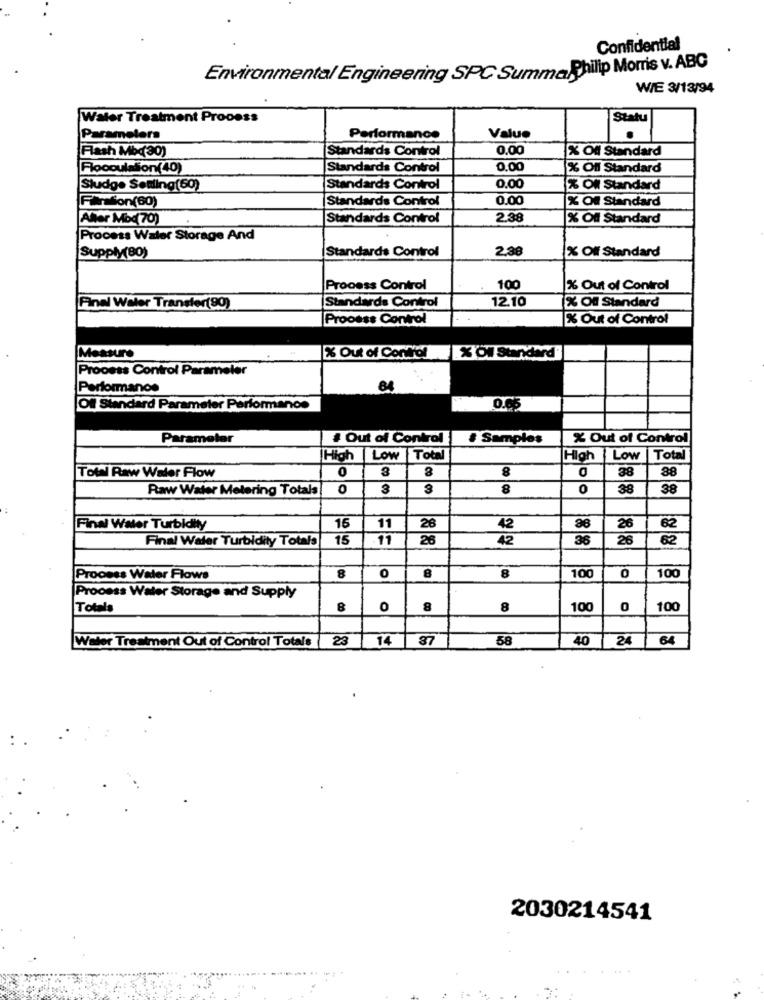
Confidential
Environmental Engineering SPC SummaPhilip Morris v. ABC
WIE 3/13/94
Water Treatment Process
Statu
Parameters
Performance
Value
Flash Mbq30)
Standards Control
0,00
X Of Standard
Floopulation(40)
Standards Control
0.00
% Off Standard
Sludge Seuling(60)
Standards Control
0.00
% Of Standard
Firston(60)
Standards Control
0.00
X Of Standard
Aller Mod 70)
Standards Control
2.38
% Off Standard
Process Water Storage And
Standards Control
2,38
% Off Standard
Supply(80)
Process Control
100
% Out of Control
Standards Control
12.10
Final Water Transfer(90)
X Of Standard
Process Control
% Out of Control
Measure
% Out of Control X ON Standard"
Process Control Parameler
Performance
64
Of Standard Parameter Performance
0.66
Parameter
Out of Control
# Samples
% Out of Control
High Low
Tot
High Low
Total
0
3
CO
88
Total Raw Water Flow
8
38
Raw Water Metering Totals
0
3
3
8
0
38
38
Final Water Turbidity
16
11
26
42
26
62
Final Water Turbidity Totals
15
11
26
42
36
26
62
Process Water Flows
8
0
8
8
100
0
100
Process Water Storage and Supply
Totals
8
0
8
8
100
0
100
Water Treatment Out of Control Totals
23 14
37
58
40 24
64
2030214541
....- ----. .. -: -